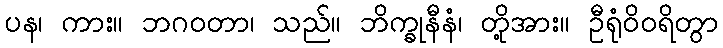
ပန၊ ကား။ ဘဂဝတာ၊ သည်။ ဘိက္ခုနီနံ၊ တို့အား။ ဦရုံဝိဝရိတွာ